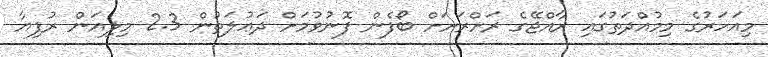
މިއަހަރުގެ މިމުއްދަތުގައި ރާއްޖޭގެ ރަށްރަށަށް ބޯފެން ފޮނުވުމަށް ދަޢުލަތުން 2.3 މިލިއަން ރުފިޔާ